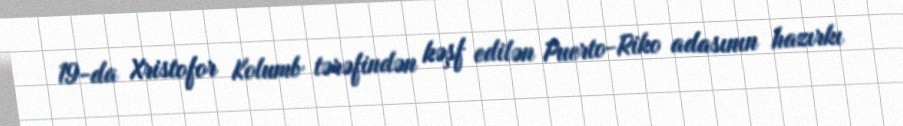
19-da Xristofor Kolumb tərəfindən kəşf edilən Puerto-Riko adasının hazırkı